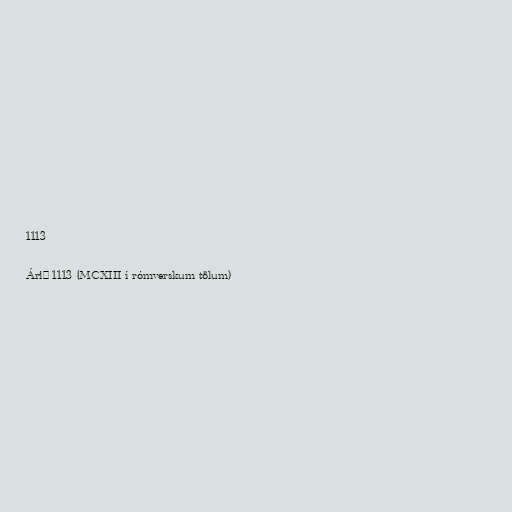
1113

Árið 1113 (MCXIII í rómverskum tölum)